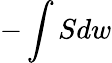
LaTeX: -\int Sdw